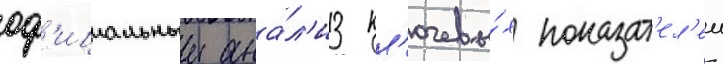
оф'ициальныи ана́л'из кл'ючевы́х показат'ел'еи